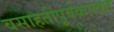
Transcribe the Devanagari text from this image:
वसाहतींपूर्वकालात